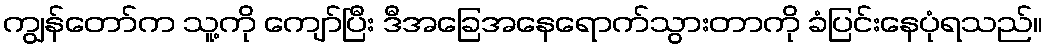
ကျွန်တော်က သူ့ကို ကျော်ပြီး ဒီအခြေအနေရောက်သွားတာကို ခံပြင်းနေပုံရသည်။